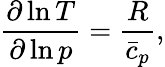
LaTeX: \frac{\partial\ln{T}}{\partial\ln{p}}=\frac{R}{\bar{c}_{p}},